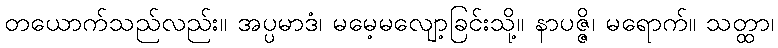
တယောက်သည်လည်း။ အပ္ပမာဒံ၊ မမေ့မလျော့ခြင်းသို့။ နာပဇ္ဇိ၊ မရောက်။ သတ္ထာ၊